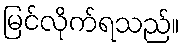
မြင်လိုက်ရသည်။